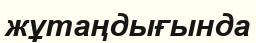
жұтаңдығында